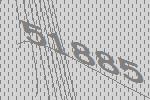
51885